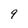
Character: 9